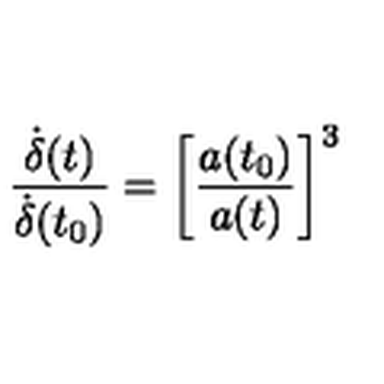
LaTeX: \frac { \dot { \delta } ( t ) } { \dot { \delta } ( t _ { 0 } ) } = \bigg [ \frac { a ( t _ { 0 } ) } { a ( t ) } \bigg ] ^ { 3 }